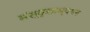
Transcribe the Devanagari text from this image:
संस्कृताध्ययन